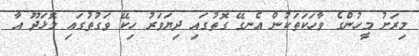
މިރަށު މީހުންގެ ވާހަކަތަކުން އެނގޭ ގޮތުގައި ދިޔަވަރު ހިކޭ ވަގުތުގައި މޮޅަދޫ އާ